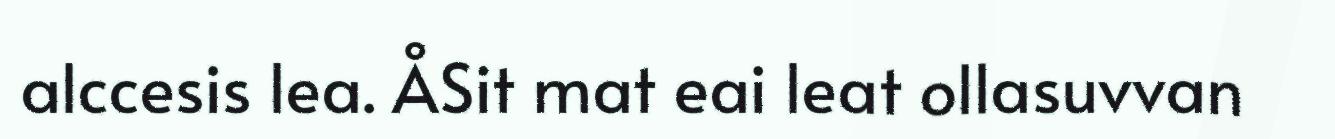
alccesis lea. ÅSit mat eai leat ollasuvvan